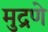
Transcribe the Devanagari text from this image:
मुद्रणे